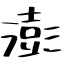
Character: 澎